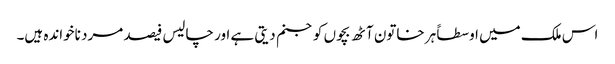
اس ملک میں اوسطاً ہر خاتون آٹھ بچوں کو جنم دیتی ہے اور چالیس فیصد مرد ناخواندہ ہیں۔